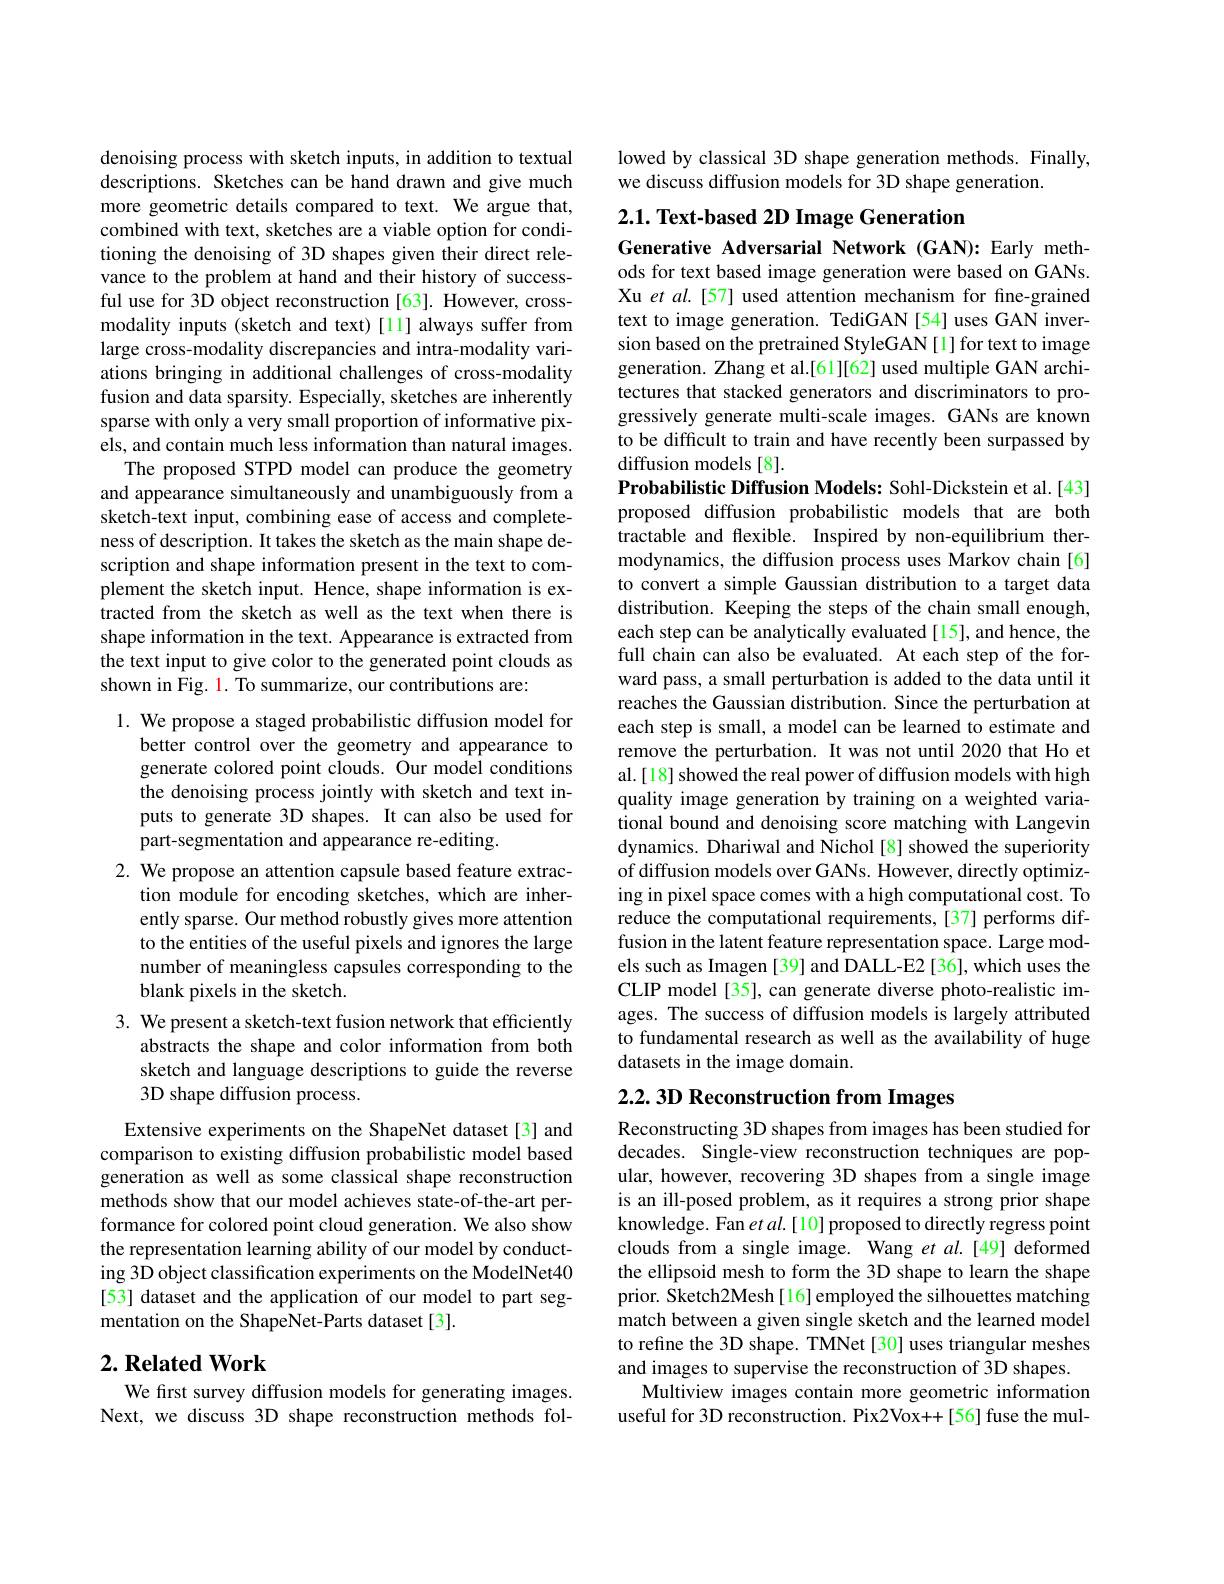
denoising process with sketch inputs, in addition to textual descriptions. Sketches can be hand drawn and give much more geometric details compared to text. We argue that, combined with text, sketches are a viable option for conditioning the denoising of 3D shapes given their direct relevance to the problem at hand and their history of successful use for 3D object reconstruction [63]. However, crossmodality inputs (sketch and text) [11] always suffer from large cross-modality discrepancies and intra-modality variations bringing in additional challenges of cross-modality fusion and data sparsity. Especially, sketches are inherently sparse with only a very small proportion of informative pixels, and contain much less information than natural images.
The proposed STPD model can produce the geometry and appearance simultaneously and unambiguously from a sketch-text input, combining ease of access and completeness of description. It takes the sketch as the main shape description and shape information present in the text to complement the sketch input. Hence, shape information is extracted from the sketch as well as the text when there is shape information in the text. Appearance is extracted from the text input to give color to the generated point clouds as shown in Fig. 1. To summarize, our contributions are:

1. We propose a staged probabilistic diffusion model for
better control over the geometry and appearance to generate colored point clouds. Our model conditions the denoising process jointly with sketch and text inputs to generate 3D shapes. It can also be used for part-segmentation and appearance re-editing.

2. We propose an attention capsule based feature extrac-
tion module for encoding sketches, which are inherently sparse. Our method robustly gives more attention to the entities of the useful pixels and ignores the large number of meaningless capsules corresponding to the blank pixels in the sketch.
3. We present a sketch-text fusion network that efficiently
abstracts the shape and color information from both sketch and language descriptions to guide the reverse 3D shape diffusion process.
Extensive experiments on the ShapeNet dataset [3] and comparison to existing diffusion probabilistic model based

generation as well as some classical shape reconstruction methods show that our model achieves state-of-the-art performance for colored point cloud generation. We also show the representation learning ability of our model by conducting 3D object classification experiments on the ModelNet40 [53] dataset and the application of our model to part segmentation on the ShapeNet-Parts dataset [3].

## $2. \textbf{Related Work}$

We first survey diffusion models for generating images. Next, we discuss 3D shape reconstruction methods fol-

lowed by classical 3D shape generation methods. Finally,
we discuss diffusion models for 3D shape generation.

# 2.1. Text-based 2D Image Generation

Generative Adversarial Network (GAN):Early methods for text based image generation were based on GANs. Xu et al.[57] used attention mechanism for fine-grained text to image generation. TediGAN[54] uses GAN inversion based on the pretrained StyleGAN[1]for text to image generation. Zhang et al.[61][62] used multiple GAN architectures that stacked generators and discriminators to progressively generate multi-scale images. GANs are known to be difficult to train and have recently been surpassed by diffusion models [8].
Probabilistic Diffusion Models: Sohl-Dickstein et al.[43] proposed diffusion probabilistic models that are both tractable and flexible. Inspired by non-equilibrium thermodynamics, the diffusion process uses Markov chain [6] to convert a simple Gaussian distribution to a target data distribution. Keeping the steps of the chain small enough, each step can be analytically evaluated [15], and hence, the full chain can also be evaluated. At each step of the forward pass, a small perturbation is added to the data until it reaches the Gaussian distribution. Since the perturbation at each step is small, a model can be learned to estimate and remove the perturbation. It was not until 2020 that Ho et al.[18] showed the real power of diffusion models with high quality image generation by training on a weighted variational bound and denoising score matching with Langevin dynamics. Dhariwal and Nichol [8] showed the superiority of diffusion models over GANs. However, directly optimizing in pixel space comes with a high computational cost. To reduce the computational requirements,[37] performs diffusion in the latent feature representation space. Large models such as Imagen [39] and DALL-E2 [36], which uses the CLIP model [35], can generate diverse photo-realistic images. The success of diffusion models is largely attributed to fundamental research as well as the availability of huge datasets in the image domain.
2.2. 3D Reconstruction from Images

Reconstructing 3D shapes from images has been studied for decades. Single-view reconstruction techniques are popular, however, recovering 3D shapes from a single image is an ill-posed problem, as it requires a strong prior shape knowledge. Fan et al.[10] proposed to directly regress point clouds from a single image. Wang et al.[49] deformed the ellipsoid mesh to form the 3D shape to learn the shape prior. Sketch2Mesh[16]employed the silhouettes matching match between a given single sketch and the learned model to refine the 3D shape. TMNet[30] uses triangular meshes and images to supervise the reconstruction of 3D shapes.
Multiview images contain more geometric information useful for 3D reconstruction. Pix2Vox++[56] fuse the mul-